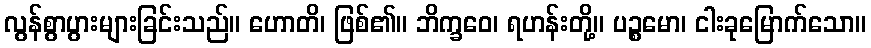
လွန်စွာပွားများခြင်းသည်။ ဟောတိ၊ ဖြစ်၏။ ဘိက္ခဝေ၊ ရဟန်းတို့။ ပဉ္စမော၊ ငါးခုမြောက်သော။